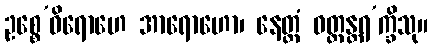
ဥစ္စေ’ဓိရောဟေ အာရောဟော၊ နေတ္တံ ဝတ္ထန္တရ’က္ခိသု။